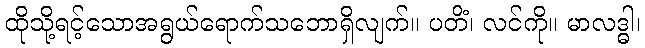
ထိုသို့ရင့်သောအရွယ်ရောက်သဘောရှိလျက်။ ပတိံ၊ လင်ကို။ မာလဒ္ဓါ၊